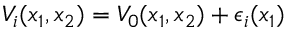
V _ { i } ( x _ { 1 } , x _ { 2 } ) = V _ { 0 } ( x _ { 1 } , x _ { 2 } ) + \epsilon _ { i } ( x _ { 1 } )